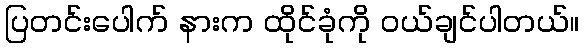
ပြတင်းပေါက် နားက ထိုင်ခုံကို ဝယ်ချင်ပါတယ်။